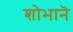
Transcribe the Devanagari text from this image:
शोभानॆ